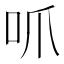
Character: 𫩜